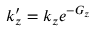
k _ { z } ^ { \prime } = k _ { z } e ^ { - G _ { z } }